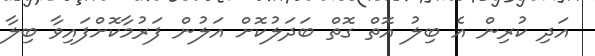
އަދި ކުރިން އެ ބިލު އޮތް ގޮތް ބަދަލުކޮށް އަލުން ފަރުމާކޮށްފައިވާ ބިލާ